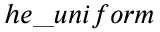
h e \_ u n i f o r m